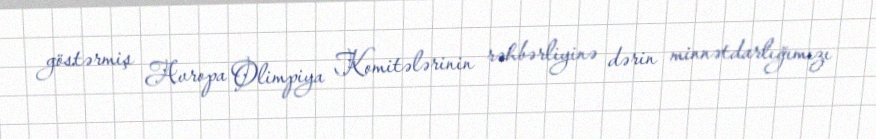
göstərmiş Avropa Olimpiya Komitələrinin rəhbərliyinə dərin minnətdarlığımızı